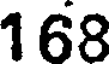
168